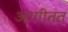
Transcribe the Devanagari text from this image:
आगीतत